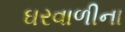
ઘરવાળીના